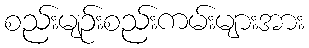
စည်းမျဉ်းစည်းကမ်းများအား